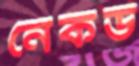
নেকড